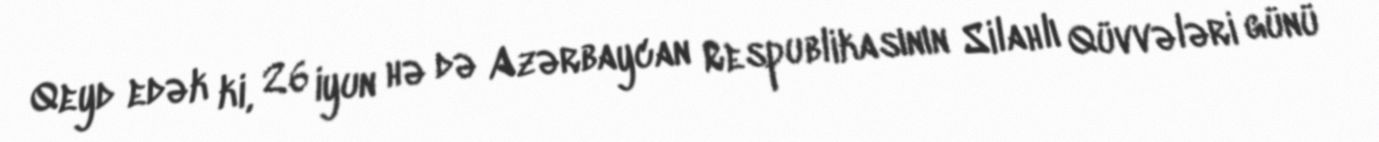
Qeyd edək ki, 26 iyun hə də Azərbaycan Respublikasının Silahlı Qüvvələri günü